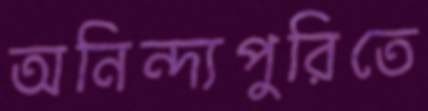
অনিন্দ্যপুরিতে